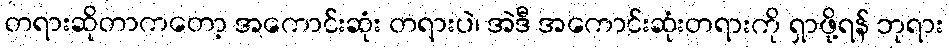
တရားဆိုတာကတော့ အကောင်းဆုံး တရားပဲ၊ အဲဒီ အကောင်းဆုံးတရားကို ရှာဖို့ရန် ဘုရား